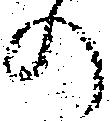
の